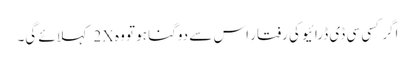
اگر کسی سی ڈی ڈرائیو کی رفتار اس سے دوگنا ہو تو وہ 2X کہلائے گی۔